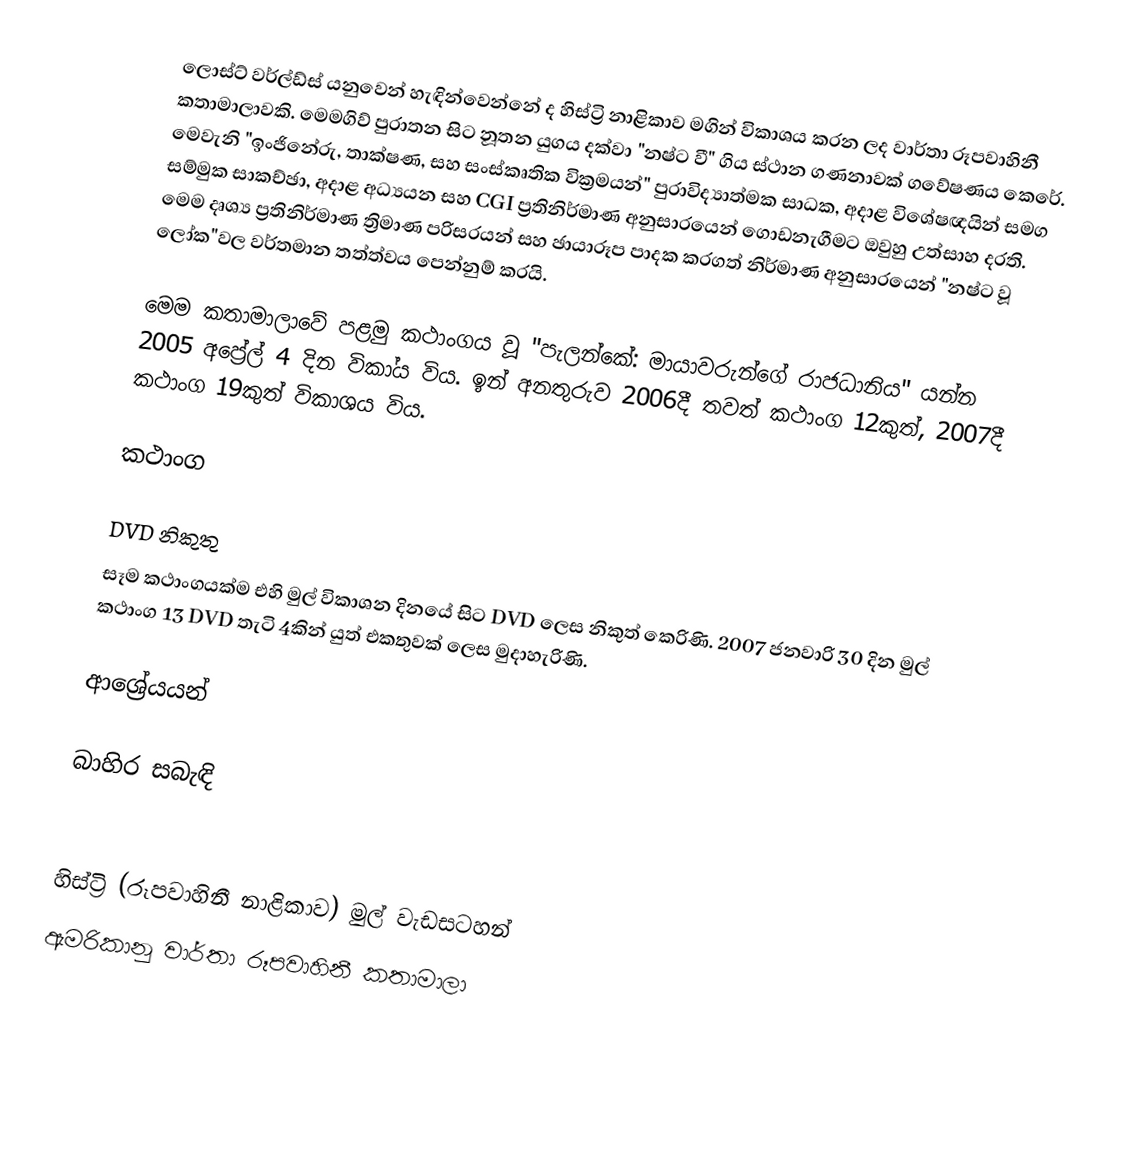
ලොස්ට් වර්ල්ඩ්ස් යනුවෙන් හැඳින්වෙන්නේ ද හිස්ට්‍රි නාළිකාව මගින් විකාශය කරන ලද වාර්තා රූපවාහිනී කතාමාලාවකි. මෙමගිව් පුරාතන සිට නූතන යුගය දක්වා "නෂ්ට වී" ගිය ස්ථාන ගණනාවක් ගවේෂණය කෙරේ. මෙවැනි "ඉංජිනේරු, තාක්ෂණ, සහ සංස්කෘතික වික්‍රමයන්" පුරාවිද්‍යාත්මක සාධක, අදාළ විශේෂඥයින් සමග සම්මුක සාකච්ඡා, අදාළ අධ්‍යයන සහ CGI ප්‍රතිනිර්මාණ අනුසාරයෙන් ගොඩනැගීමට ඔවුහු උත්සාහ දරති. මෙම දෘශ්‍ය ප්‍රතිනිර්මාණ ත්‍රිමාණ පරිසරයන් සහ ඡායාරූප පාදක කරගත් නිර්මාණ අනුසාරයෙන් "නෂ්ට වූ ලෝක"වල වර්තමාන තත්ත්වය පෙන්නුම් කරයි.

මෙම කතාමාලාවේ පළමු කථාංගය වූ "පැලන්කේ: මායාවරුන්ගේ රාජධානිය" යන්න 2005 අප්‍රේල් 4 දින විකා්‍ය විය‍. ඉන් අනතුරුව 2006දී තවත් කථාංග 12කුත්, 2007දී කථාංග 19කුත් විකාශය විය.

කථාංග

DVD නිකුතු
සෑම කථාංගයක්ම එහි මුල් විකාශන දිනයේ සිට DVD ලෙස නිකුත් කෙරිණි. 2007 ජනවාරි 30 දින මුල් කථාංග 13 DVD තැටි 4කින් යුත් එකතුවක් ලෙස මුදාහැරිණි.

ආශ්‍රේයයන්

බාහිර සබැඳි

හිස්ට්‍රි (රූපවාහිනී නාළිකාව) මුල් වැඩසටහන්
ඇමරිකානු වාර්තා රූපවාහිනී කතාමාලා